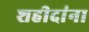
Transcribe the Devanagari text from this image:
शहीदांना